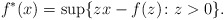
\begin{align*}f^\ast(x)=\sup\{zx-f(z)\colon z>0\}.\end{align*}